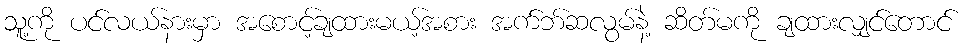
သူ့ကို ပင်လယ်နားမှာ အစောင့်ချထားမယ့်အစား အက်ဘ်ဆလွမ်နဲ့ ဆိတ်မကို ချထားလျှင်တောင်